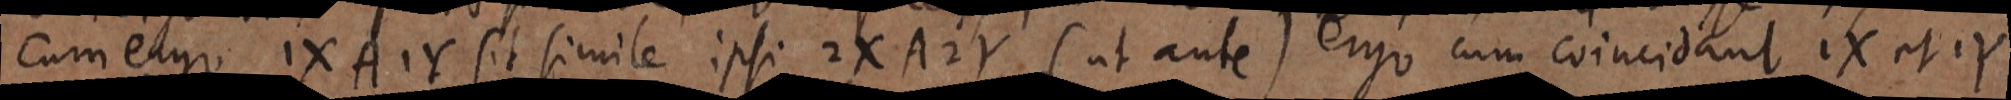
cum ergo 1X A 1Y sit simile ipsi 2X A 2Y (ut ante) ergo cum coincidant 1X et 1Y